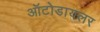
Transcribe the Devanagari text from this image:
ऑटोडायलर